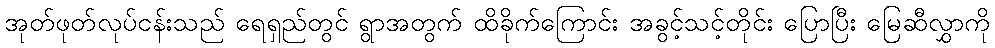
အုတ်ဖုတ်လုပ်ငန်းသည် ရေရှည်တွင် ရွာအတွက် ထိခိုက်ကြောင်း အခွင့်သင့်တိုင်း ပြောပြီး မြေဆီလွှာကို